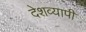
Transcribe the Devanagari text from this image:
देशव्‍यापी